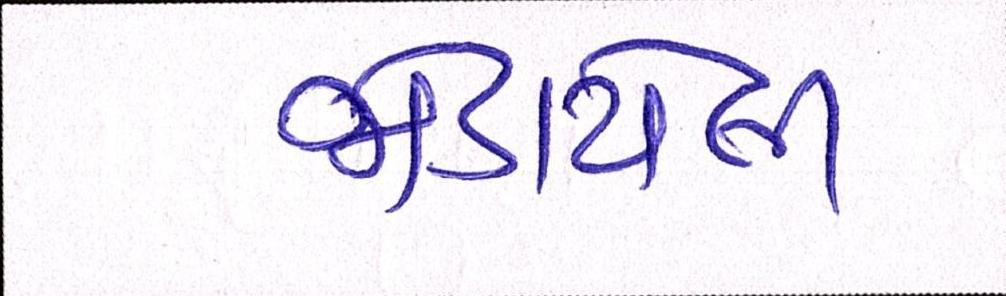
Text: જોડાયેલી